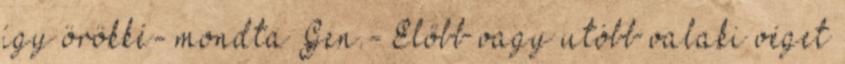
így örökké- mondta Gen.- Előbb vagy utóbb valaki véget